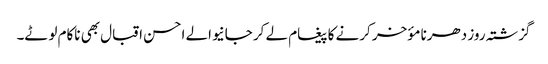
گزشتہ روز دھرنا مؤخر کرنے کا پیغام لے کر جانیوالے احسن اقبال بھی ناکام لوٹے۔